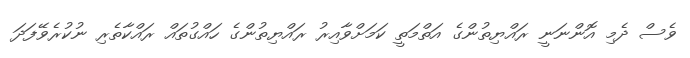
ވެސް ދެމި އޮންނަނީ ރައްޔިތުންގެ އަތްމަތީ ކަމަށްވާއިރު ރައްޔިތުންގެ ހައްގުތައް ރައްކާތެރި ނުކުރެވޭފަދަ